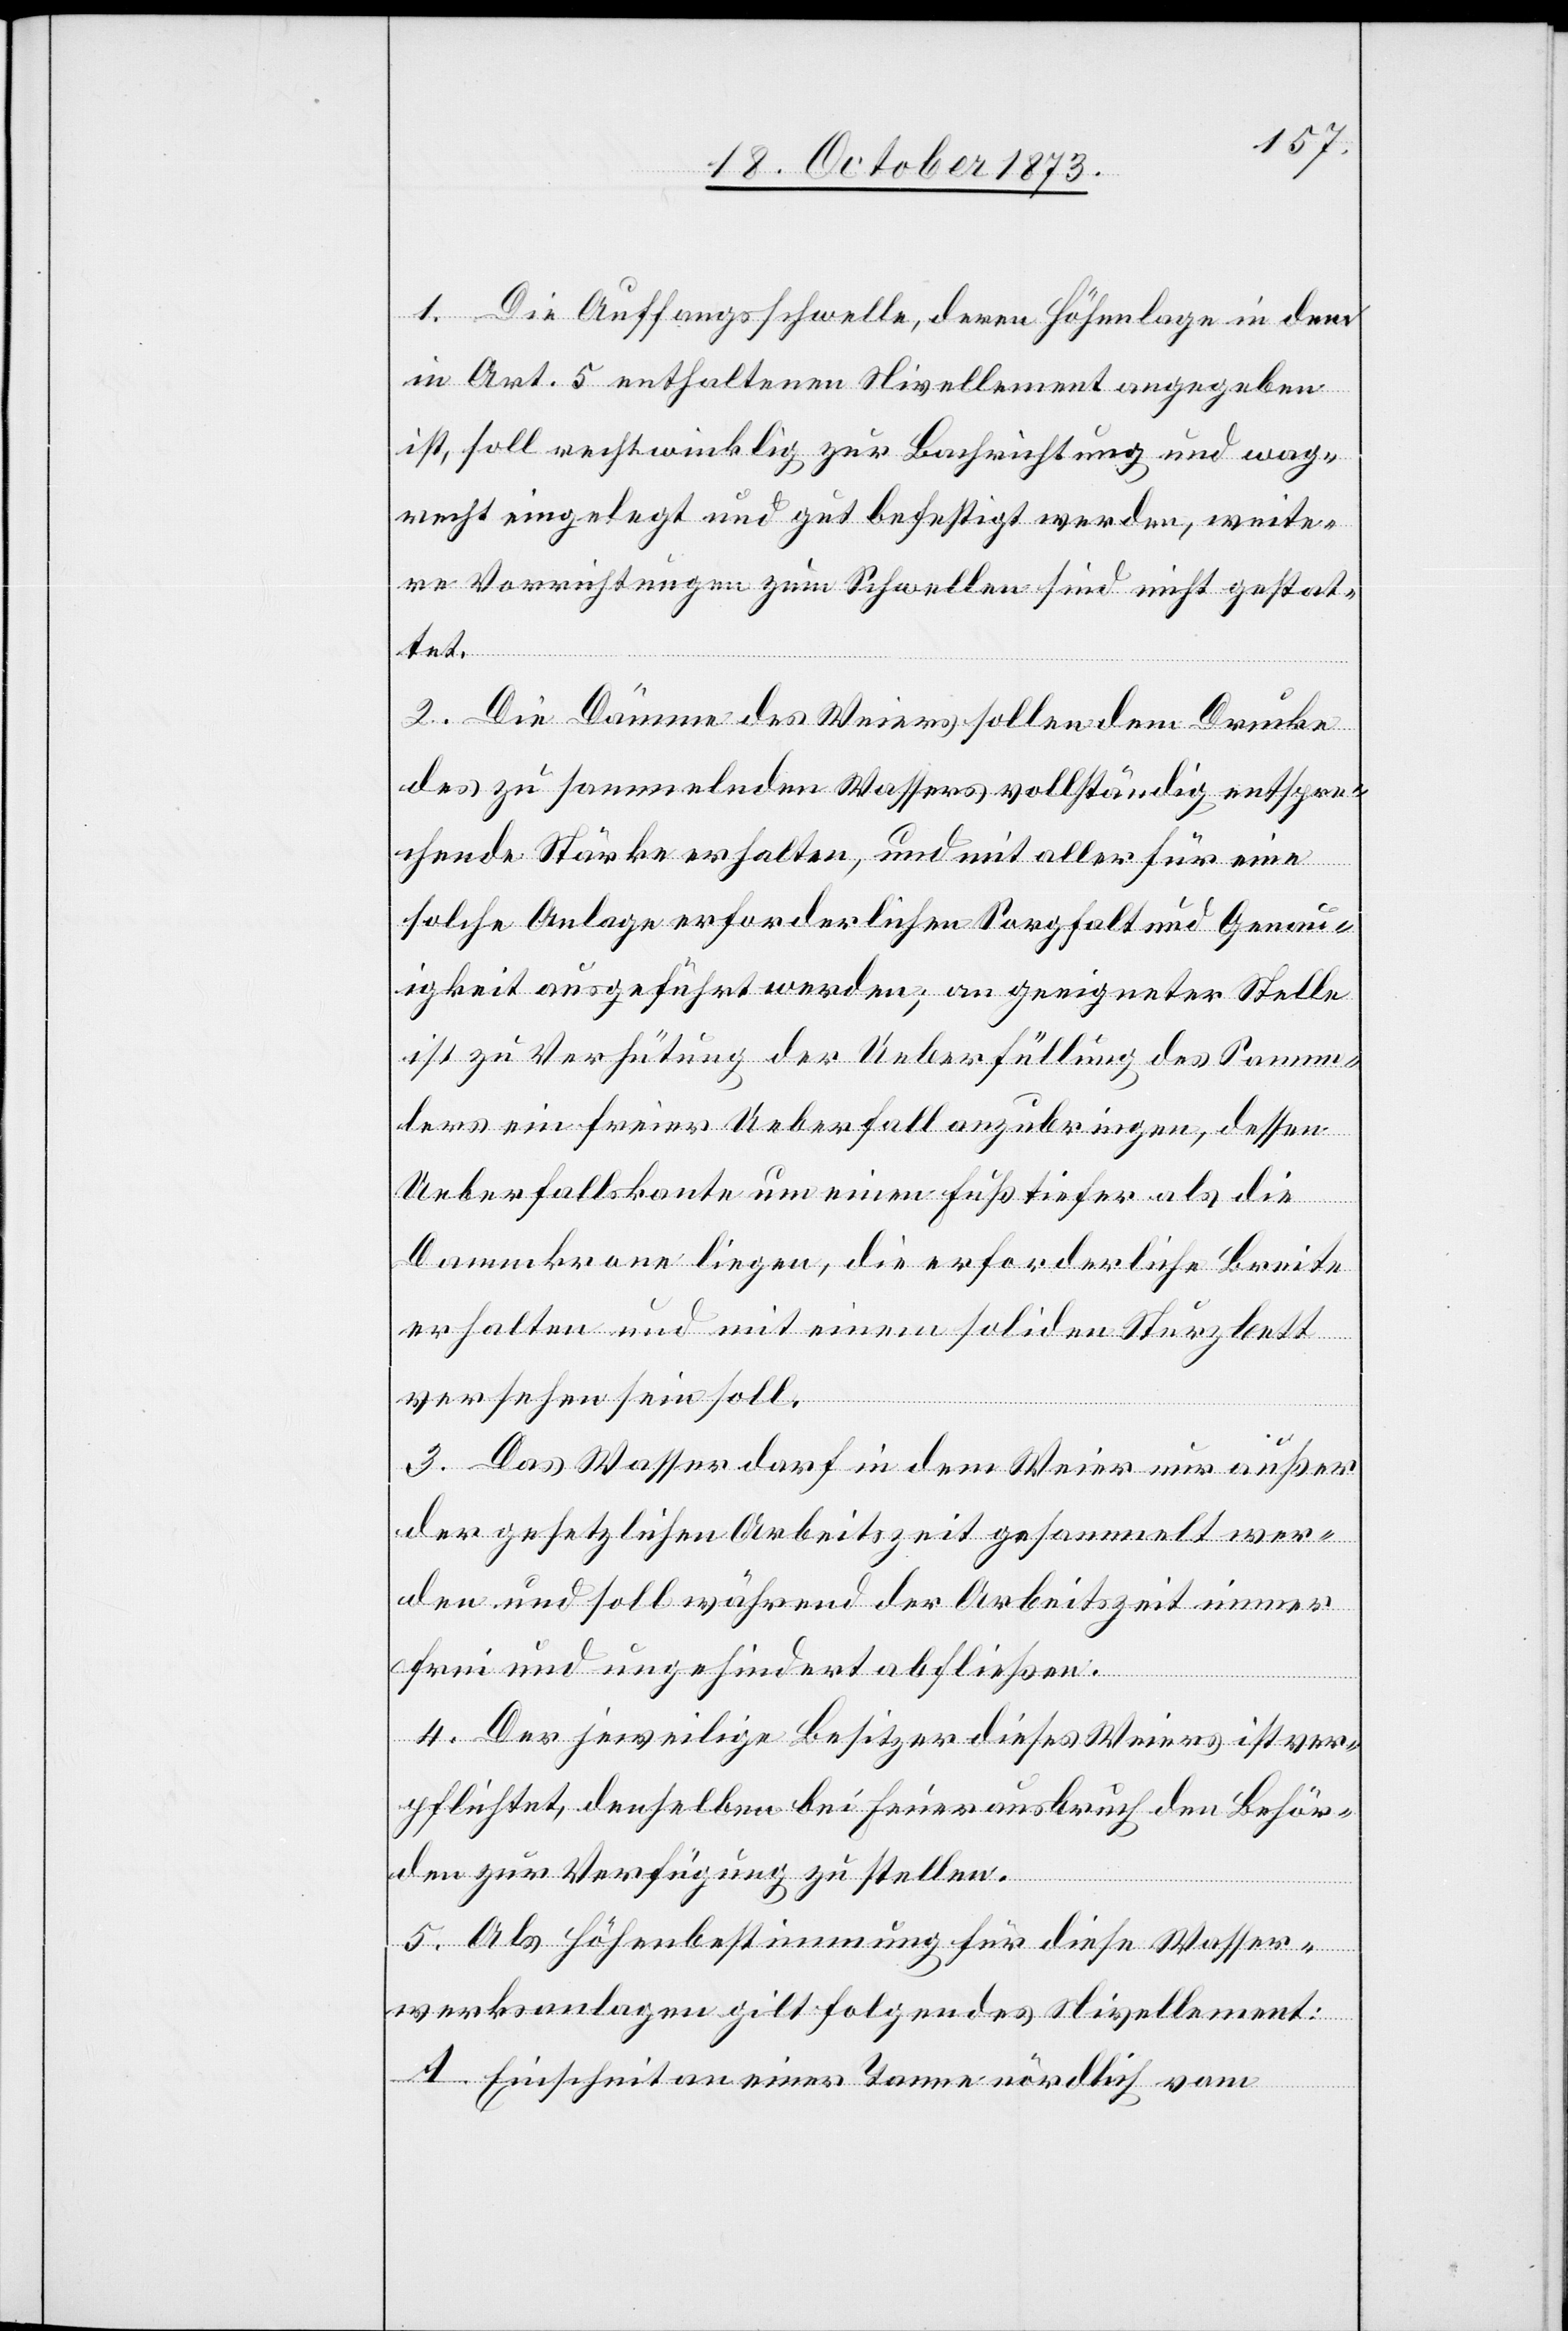
1. Die Auffangsschwelle, deren Höhenlage in dem
in Art. 5 enthaltenen Nivellement angegeben
ist, soll rechtwinklig zur Bachrichtung und wag¬
recht eingelegt und gut befestigt werden, weite¬
re Vorrichtungen zum Schwellen sind nicht gestat¬
tet.
2. Die Dämme des Weiers sollen dem Drucke
des zu sammelnden Wassers vollständig entspre¬
chende Stärke erhalten, und mit aller für eine
solche Anlage erforderlichen Sorgfalt und Genau¬
igkeit ausgeführt werden; an geeigneter Stelle
ist zu Verhütung der Ueberfüllung des Samm¬
lers ein freier Ueberfall anzubringen, dessen
Ueberfallskante um einen Fuß tiefer als die
Dammkrone liegen, die erforderliche Breite
erhalten und mit einem soliden Sturzbett
versehen sein soll.
3. Das Wasser darf in dem Weier nur außer
der gesetzlichen Arbeitszeit gesammelt wer¬
den und soll während der Arbeitszeit immer
frei und ungehindert abfließen.
4. Der jeweilige Besitzer dieses Weiers ist ver¬
pflichtet denselben bei Feuerausbruch den Behör¬
den zur Verfügung zu stellen.
5. Als Höhenbestimmung für diese Wasser¬
werksanlagen gilt folgendes Nivellement:
Einschnit[t] an einer Tanne nördlich vom